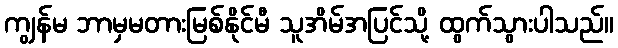
ကျွန်မ ဘာမှမတားမြစ်နိုင်မီ သူအိမ်အပြင်သို့ ထွက်သွားပါသည်။